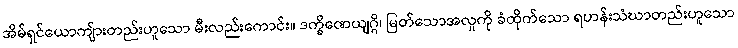
အိမ်ရှင်ယောကျ်ားတည်းဟူသော မီးလည်းကောင်း။ ဒက္ခိဏေယျဂ္ဂိ၊ မြတ်သောအလှုကို ခံထိုက်သော ရဟန်းသံဃာတည်းဟူသော